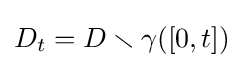
D_{t}=D\smallsetminus \gamma ([0,t])